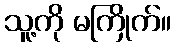
သူ့ကို မကြိုက်။